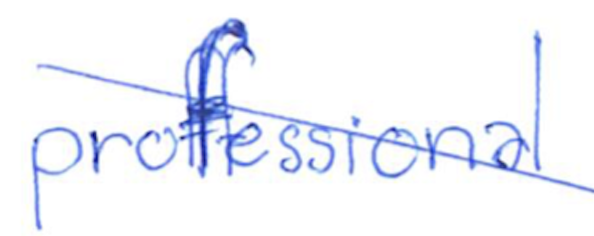
Text: professional
Cross-out: diagonal
Writing tool: ballpoint